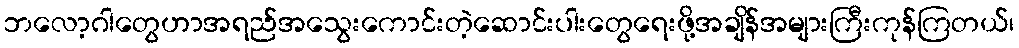
ဘလော့ဂါတွေဟာအရည်အသွေးကောင်းတဲ့ဆောင်းပါးတွေရေးဖို့အချိန်အများကြီးကုန်ကြတယ်၊